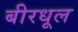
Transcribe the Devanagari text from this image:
बीरधूल